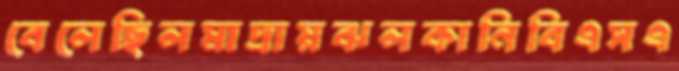
বেলেছিলমাদ্রায়ঝলকানিবিএসএ